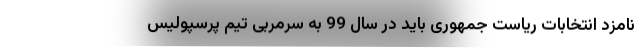
نامزد انتخابات ریاست جمهوری باید در سال 99 به سرمربی تیم پرسپولیس